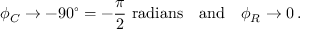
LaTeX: \phi _ { C } \to - 9 0 ^ { \circ } = - { \frac { \pi } { 2 } } { \mathrm { ~ r a d i a n s } } \quad { \mathrm { a n d } } \quad \phi _ { R } \to 0 \, .